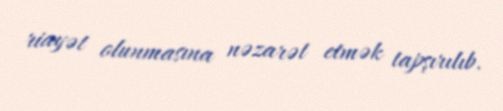
riayət olunmasına nəzarət etmək tapşırılıb.